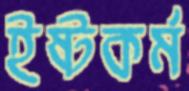
ইষ্টকর্ম